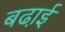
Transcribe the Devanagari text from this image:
बढा़ई